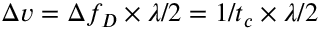
\Delta v = \Delta f _ { D } \times \lambda / 2 = 1 / t _ { c } \times \lambda / 2